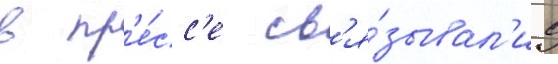
в пр'е́сс'е св'я́зывал'и с